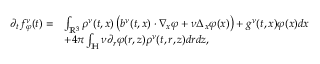
\begin{array} { r l } { \partial _ { t } f _ { \varphi } ^ { \nu } ( t ) = } & { \int _ { \mathbb { R } ^ { 3 } } \rho ^ { \nu } ( t , x ) \left( b ^ { \nu } ( t , x ) \cdot \nabla _ { x } \varphi + \nu \Delta _ { x } \varphi ( x ) \right) + g ^ { \nu } ( t , x ) \varphi ( x ) d x } \\ & { + 4 \pi \int _ { \mathbb { H } } { \nu } \partial _ { r } \varphi ( r , z ) \rho ^ { \nu } ( t , r , z ) d r d z , } \end{array}